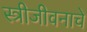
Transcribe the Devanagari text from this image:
स्त्रीजीवनाचे